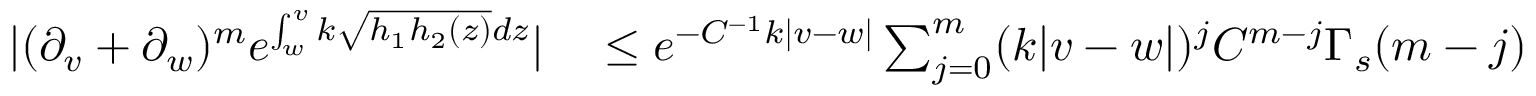
\begin{array} { r l } { | ( \partial _ { v } + \partial _ { w } ) ^ { m } e ^ { \int _ { w } ^ { v } k \sqrt { h _ { 1 } h _ { 2 } ( z ) } d z } | } & { { } \leq e ^ { - C ^ { - 1 } k | v - w | } \sum _ { j = 0 } ^ { m } ( k | v - w | ) ^ { j } C ^ { m - j } \Gamma _ { s } ( m - j ) } \end{array}